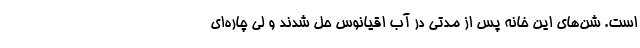
است. شن‌های این خانه پس از مدتی در آب اقیانوس حل شدند و لی چاره‌ای